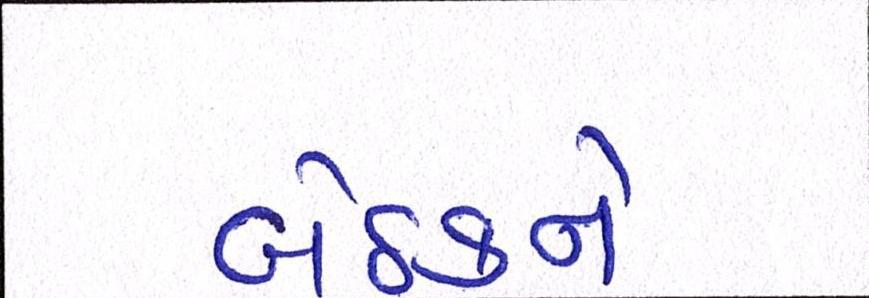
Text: બેઠકને